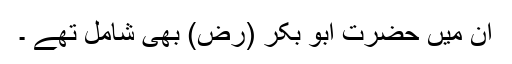
ان میں حضرت ابو بکر (رض) بھی شامل تھے ۔